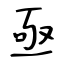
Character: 亟